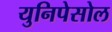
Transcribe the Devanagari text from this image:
युनिपेसोल